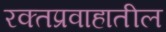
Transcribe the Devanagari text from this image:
रक्तप्रवाहातील